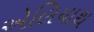
એલિયાથ